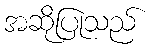
အဆိုပြုသည်